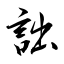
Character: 詘